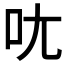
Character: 𫝘